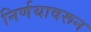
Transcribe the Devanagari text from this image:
निर्णयावरून